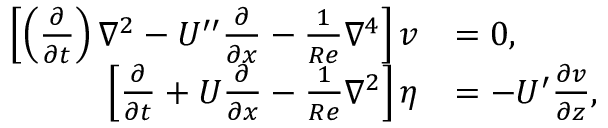
\begin{array} { r l } { \left[ \left( \frac { \partial } { \partial t } \right) \nabla ^ { 2 } - U ^ { \prime \prime } \frac { \partial } { \partial x } - \frac { 1 } { R e } \nabla ^ { 4 } \right] v } & { = 0 , } \\ { \left[ \frac { \partial } { \partial t } + U \frac { \partial } { \partial x } - \frac { 1 } { R e } \nabla ^ { 2 } \right] \eta } & { = - U ^ { \prime } \frac { \partial v } { \partial z } , } \end{array}